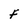
Character: F